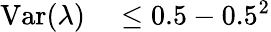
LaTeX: \begin{array}{rl}{\mathrm{Var}(\lambda)}&{{}\leq 0.5-0.5^{2}}\end{array}